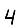
Digit: 4